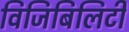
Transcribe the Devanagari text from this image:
विजिबिलिटी